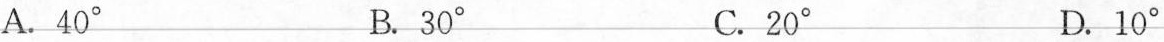
A.40° B.30° C.20° D.10°